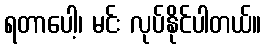
ရတာပေါ့၊ မင်း လုပ်နိုင်ပါတယ်။